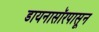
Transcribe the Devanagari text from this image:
डायनासॉरपासून